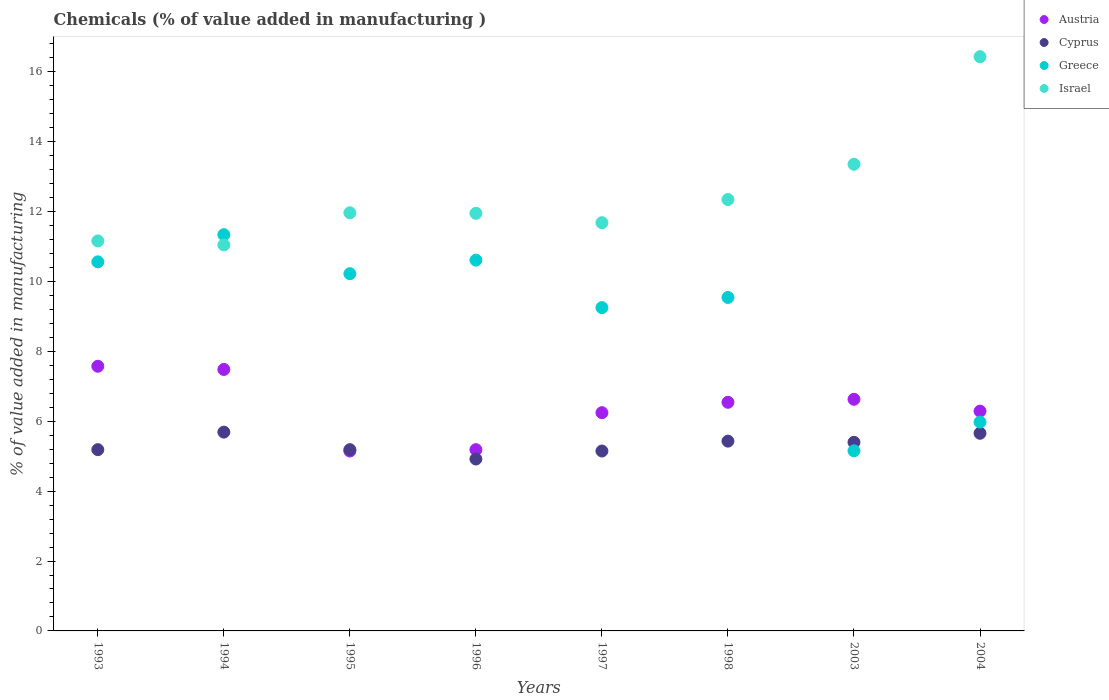
| Years | Austria | Cyprus | Greece | Israel |
 | --- | --- | --- | --- | --- |
 | 1993 | 7.57 | 5.19 | 10.6 | 11.2 |
 | 1994 | 7.48 | 5.69 | 11.3 | 11 |
 | 1995 | 5.15 | 5.19 | 10.2 | 12 |
 | 1996 | 5.19 | 4.92 | 10.6 | 12 |
 | 1997 | 6.25 | 5.15 | 9.25 | 11.7 |
 | 1998 | 6.54 | 5.43 | 9.54 | 12.3 |
 | 2003 | 6.63 | 5.4 | 5.16 | 13.4 |
 | 2004 | 6.29 | 5.66 | 5.98 | 16.4 |